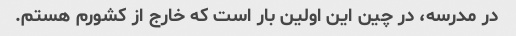
در مدرسه، در چین این اولین بار است که خارج از کشورم هستم.